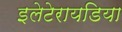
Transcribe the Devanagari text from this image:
इलेटेरायडिया